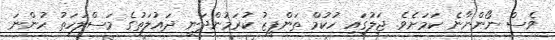
ވެސް ނޯންނާނެ ކަމަށެވެ. ޖަލުގައި ހުކުމް ތަންފީޒު ކުރަމުންދަނީ ދައުލަތުގެ މަސްލަހަތު ހުންނަ